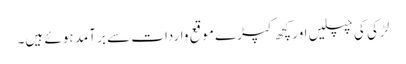
لڑکی کی چپلیں اور کچھ کپڑے موقع واردات سے بر آمد ہوئے ہیں۔